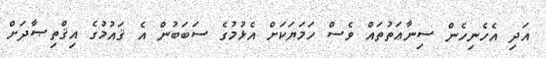
އަދި އެހެނިހެން ސިނާޢަތުތައް ވެސް ހަމަޔަކަށް އެޅުމުގެ ސަބަބުން އެ ޤައުމުގެ އިޤްތިޞާދަށް